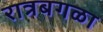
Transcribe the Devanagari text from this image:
रात्रबगळा